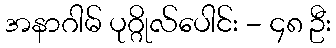
အနာဂါမ် ပုဂ္ဂိုလ်ပေါင်း - ၄၈ ဦး